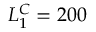
L _ { 1 } ^ { C } = 2 0 0